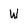
Character: W